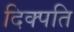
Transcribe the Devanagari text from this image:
दिक्पति